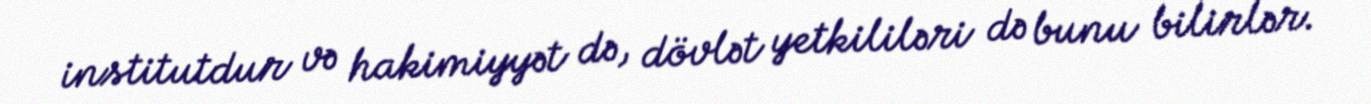
institutdur və hakimiyyət də, dövlət yetkililəri də bunu bilirlər.